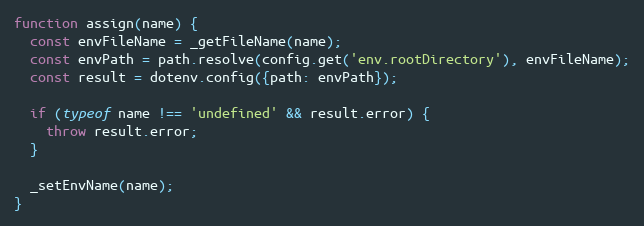
Language: JavaScript
function assign(name) {
  const envFileName = _getFileName(name);
  const envPath = path.resolve(config.get('env.rootDirectory'), envFileName);
  const result = dotenv.config({path: envPath});

  if (typeof name !== 'undefined' && result.error) {
    throw result.error;
  }

  _setEnvName(name);
}